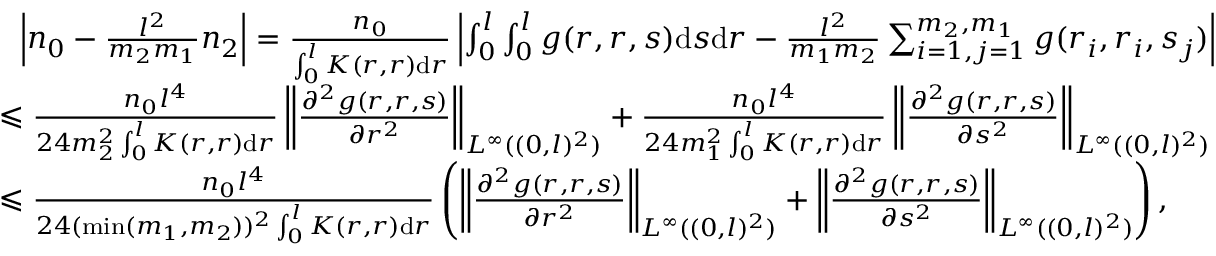
\begin{array} { r l } & { ~ ~ \left| n _ { 0 } - \frac { l ^ { 2 } } { m _ { 2 } m _ { 1 } } n _ { 2 } \right| = \frac { n _ { 0 } } { \int _ { 0 } ^ { l } K ( r , r ) \mathrm { d } r } \left| \int _ { 0 } ^ { l } \int _ { 0 } ^ { l } g ( r , r , s ) \mathrm { d } s \mathrm { d } r - \frac { l ^ { 2 } } { m _ { 1 } m _ { 2 } } \sum _ { i = 1 , j = 1 } ^ { m _ { 2 } , m _ { 1 } } g ( r _ { i } , r _ { i } , s _ { j } ) \right| } \\ & { \leqslant \frac { n _ { 0 } l ^ { 4 } } { 2 4 m _ { 2 } ^ { 2 } \int _ { 0 } ^ { l } K ( r , r ) \mathrm { d } r } \left\| \frac { \partial ^ { 2 } g ( r , r , s ) } { \partial r ^ { 2 } } \right\| _ { L ^ { \infty } ( ( 0 , l ) ^ { 2 } ) } + \frac { n _ { 0 } l ^ { 4 } } { 2 4 m _ { 1 } ^ { 2 } \int _ { 0 } ^ { l } K ( r , r ) \mathrm { d } r } \left\| \frac { \partial ^ { 2 } g ( r , r , s ) } { \partial s ^ { 2 } } \right\| _ { L ^ { \infty } ( ( 0 , l ) ^ { 2 } ) } } \\ & { \leqslant \frac { n _ { 0 } l ^ { 4 } } { 2 4 ( \mathrm { m i n } ( m _ { 1 } , m _ { 2 } ) ) ^ { 2 } \int _ { 0 } ^ { l } K ( r , r ) \mathrm { d } r } \left( \left\| \frac { \partial ^ { 2 } g ( r , r , s ) } { \partial r ^ { 2 } } \right\| _ { L ^ { \infty } ( ( 0 , l ) ^ { 2 } ) } + \left\| \frac { \partial ^ { 2 } g ( r , r , s ) } { \partial s ^ { 2 } } \right\| _ { L ^ { \infty } ( ( 0 , l ) ^ { 2 } ) } \right) , } \end{array}